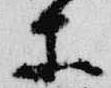
等